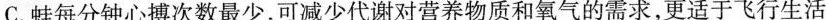
C.蛙每分钟心搏次数最少，可减少代谢对营养物质和氧气的需求，更适于飞行生活